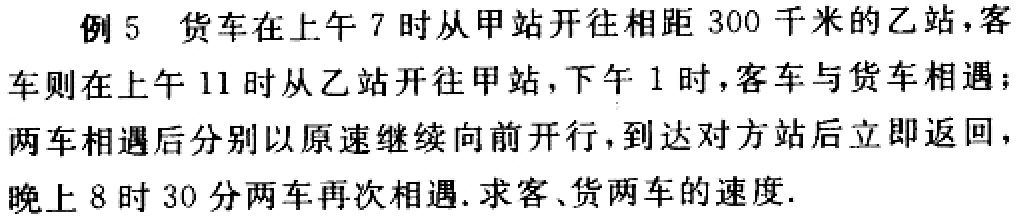
例5 货车在上午7时从甲站开往相距300千米的乙站，客车则在上午11时从乙站开往甲站，下午1时，客车与货车相遇；两车相遇后分别以原速继续向前开行，到达对方站后立即返回，晚上8时30分两车再次相遇. 求客、货两车的速度.